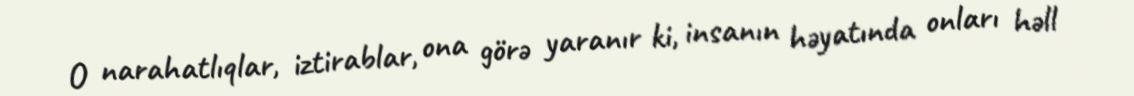
O narahatlıqlar, iztirablar, ona görə yaranır ki, insanın həyatında onları həll